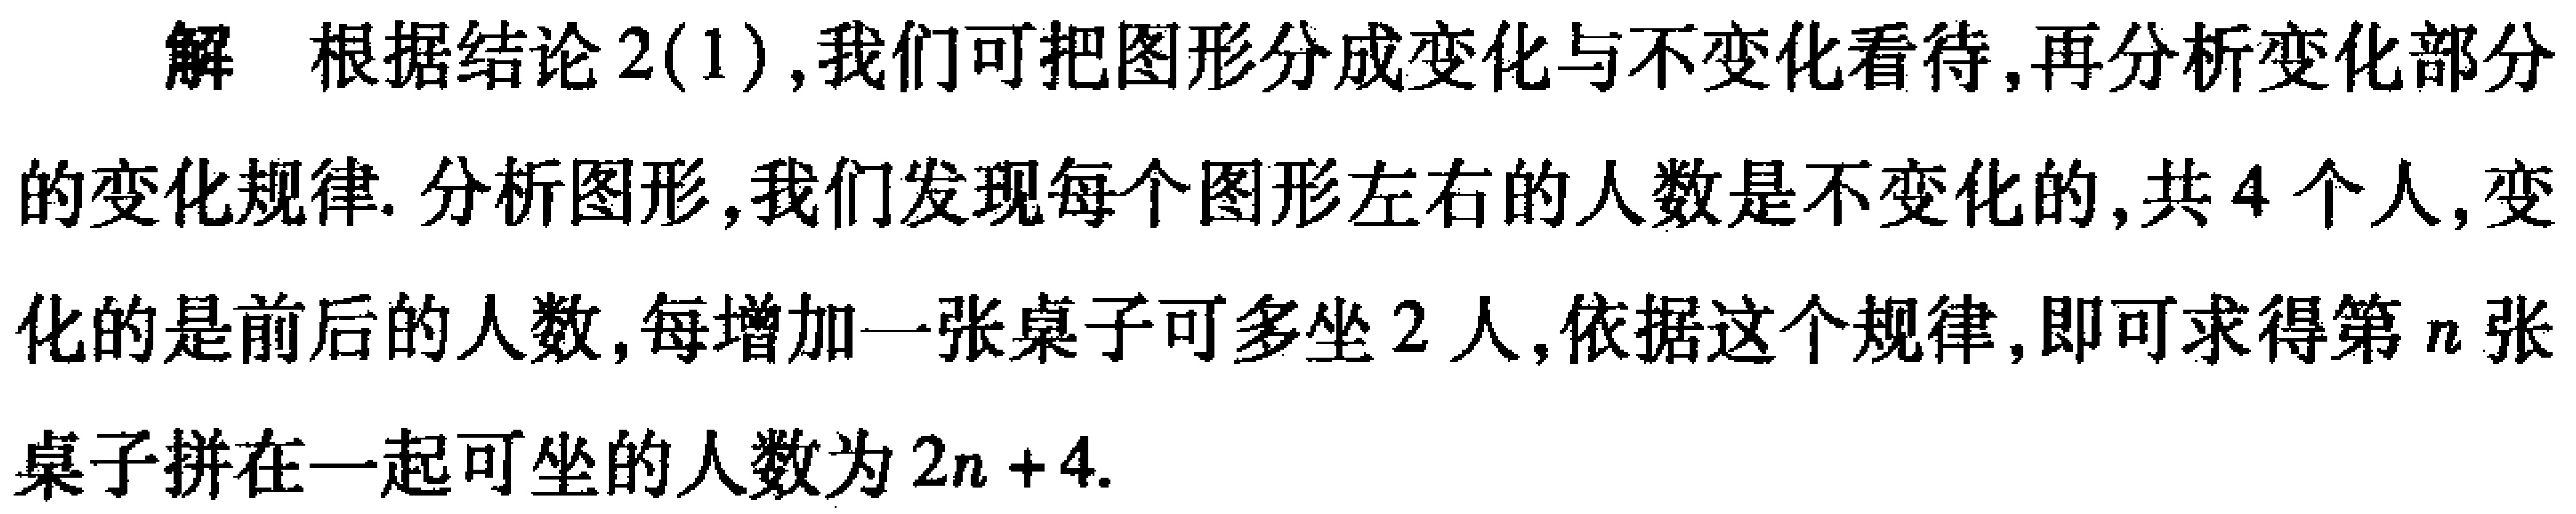
解 根据结论2(1),我们可把图形分成变化与不变化看待,再分析变化部分的变化规律. 分析图形,我们发现每个图形左右的人数是不变化的,共$4$个人,变化的是前后的人数,每增加一张桌子可多坐$2$人,依据这个规律,即可求得第$n$张桌子拼在一起可坐的人数为$2n + 4$.